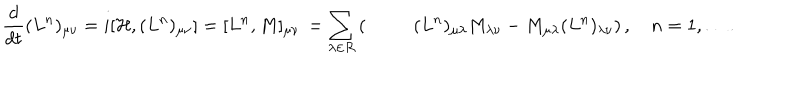
LaTeX: { \frac { d } { d t } } ( L ^ { n } ) _ { \mu \nu } = i [ { \cal H } , ( L ^ { n } ) _ { \mu \nu } ] = [ L ^ { n } , M ] _ { \mu \nu } \nonumber \, = \sum _ { \lambda \in { \cal R } } \left( \phantom { \mathrm { \huge ~ H } } ( L ^ { n } ) _ { \mu \lambda } M _ { \lambda \nu } - M _ { \mu \lambda } ( L ^ { n } ) _ { \lambda \nu } \right) , \quad n = 1 , \ldots .